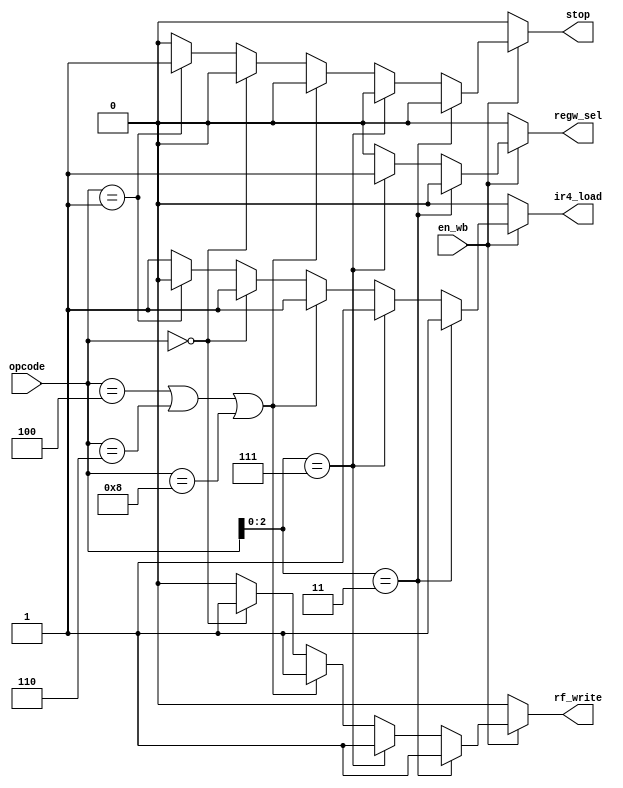
/******************************************************************************
 * Purpose: Implements the control circuitry for the writeback stage of the
 *  pipelined processor. Produces the control signals rf_write, ir4_load,
 *  and reg_in. We also produce a stop signal for the performance counter.
 *****************************************************************************/

module control_wb (
    input [3:0] opcode,
    input en_wb,
    output reg rf_write, ir4_load, regw_sel, stop);

  /* Define constants for the different possible opcodes. */
  parameter [2:0] i_shift = 3, i_ori = 7;
  parameter [3:0] i_add = 4, i_subtract = 6, i_nand = 8, i_load = 0,
	  i_store = 2, i_bpz = 13, i_bz = 5, i_bnz = 9, i_nop = 10, i_stop = 1;

  always @(*) begin
    if (~en_wb) begin
      rf_write = 0;
      ir4_load = 0;
      regw_sel = 0;
      stop = 0;
    end
    else if (opcode[2:0] == i_shift) begin
      rf_write = 1;
      ir4_load = 1;
      regw_sel = 0;
      stop = 0;
    end
    else if(opcode[2:0] == i_ori) begin
      rf_write = 1;
      ir4_load = 1;
      regw_sel = 1;
      stop = 0;
    end
    else if ((opcode == i_add)|(opcode == i_subtract)|(opcode == i_nand)) begin
      rf_write = 1;
      ir4_load = 1;
      regw_sel = 0;
      stop = 0;
    end
    else if (opcode == i_load) begin
      rf_write = 1;
      ir4_load = 1;
      regw_sel = 0;
      stop = 0;
    end
    else if (opcode == i_stop) begin
      rf_write = 0;
      ir4_load = 0;
      regw_sel = 0;
      stop = 1;
    end
    else begin
      rf_write = 0;
      ir4_load = 1;
      regw_sel = 0;
      stop = 0;
    end
  end
endmodule